Lunatic asylums Central Provinces reports 1910-1926 - 1910-1926
Year: 1910
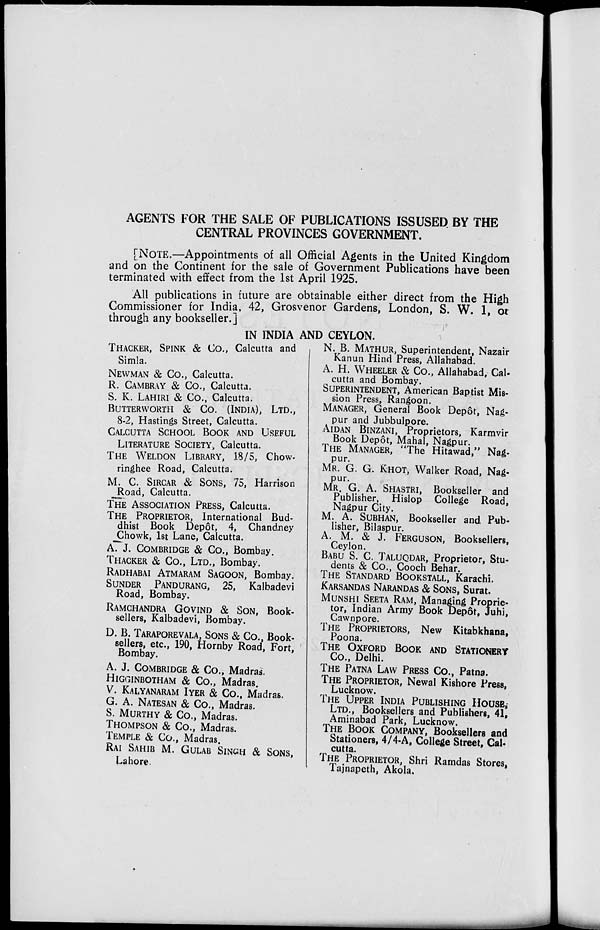
AGENTS FOR THE SALE OF PUBLICATIONS ISSUSED BY THE
CENTRAL PROVINCES GOVERNMENT.
[NOTE.—Appointments of all Official Agents in the United Kingdom
and on the Continent for the sale of Government Publications have been
terminated with effect from the 1st April 1925.
All publications in future are obtainable either direct from the High
Commissioner for India, 42, Grosvenor Gardens, London, S. W. 1, or
through any bookseller.]
IN INDIA AND CEYLON.
THACKER,SPINK & Co., Calcutta and
Simla.
NEWMAN & Co., Calcutta.
R. CAMBRAY& Co., Calcutta.
S. K. LAHIRI& Co., Calcutta.
BUTTERWORTH & CO. (INDIA), LTD.,
8-2, Hastings Street, Calcutta.
CALCUTTA SCHOOL BOOK AND USEFUL
LITERATURE SOCIETY, Calcutta.
THE WELDON LIBRARY, 18/5, Chow-
ringhee Road, Calcutta.
M. C. SIRCAR & SONS, 75, Harrison
Road, Calcutta.
THE ASSOCIATION PRESS, Calcutta.
THE PROPRIETOR, International Bud-
dhist Book Depôt, 4, Chandney
Chowk, 1st Lane, Calcutta.
A. J. COMBRIDGE & Co., Bombay.
THACKER & Co., LTD., Bombay.
RADHABAI ATMARAM SAGOON, Bombay.
SUNDER PANDURANG, 25, Kalbadevi
Road, Bombay.
RAMCHANDRA GOVIND & SON, Book-
sellers, Kalbadevi, Bombay.
D. B. TARAPOREVALA, SONS & Co., Book-
sellers, etc., 190, Hornby Road, Fort,
Bombay.
A. J. COMBRIDGE & Co., Madras.
HIGGINBOTHAM & Co., Madras.
V. KALYANARAM IYER & Co., Madras.
G. A. NATESAN & Co., Madras.
S. MURTHY & Co., Madras.
THOMPSON & Co., Madras.
TEMPLE & Co., Madras.
RAI SAHIB M. GULAB SINGH & SONS,
Lahore.
N. B. MATHUR, Superintendent, Nazair
Kanun Hind Press, Allahabad.
A. H. WHEELER & Co., Allahabad, Cal-
cutta and Bombay.
SUPERINTENDENT,American Baptist Mis-
sion Press, Rangoon.
MANAGER,General Book Depôt, Nag-
pur and Jubbulpore.
AIDAN BINZANI, Proprietors, Karmvir
Book Depôt, Mahal, Nagpur.
THE MANAGER,"The Hitawad," Nag-
pur.
MR. G. G. KHOT,Walker Road, Nag-
pur.
MR. G. A. SHASTRI, Bookseller and
Publisher, Hislop College Road,
Nagpur City.
M. A. SUBHAN, Bookseller and Pub-
lisher, Bilaspur.
A. M. & J. FERGUSON, Booksellers,
Ceylon.
BABU S. C. TALUQDAR, Proprietor, Stu-
dents & Co., Cooch Behar.
THE STANDARD BOOKSTALL, Karachi.
KARSANDAS NARANDAS & SONS, Surat.
MUNSHI SEETA RAM,Managing Proprie-
tor, Indian Army Book Depôt, Juhi,
Cawnpore.
THE PROPRIETORS,New Kitabkhana,
Poona.
THE OXFORD BOOK AND STATIONERY
Co., Delhi.
THE PATNA LAW PRESS CO.,Patna.
THE PROPRIETOR,Newal Kishore Press,
Lucknow.
THE UPPER INDIA PUBLISHING HOUSE,
LTD., Booksellers and Publishers, 41,
Aminabad Park, Lucknow.
THE BOOK COMPANY,Booksellers and
Stationers, 4/4-A, College Street, Cal-
cutta.
THE PROPRIETOR,Shri Ramdas Stores,
Tajnapeth, Akola.